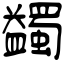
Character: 蠲